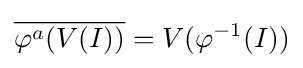
{\overline {\varphi ^{a}(V(I))}}=V(\varphi ^{-1}(I))